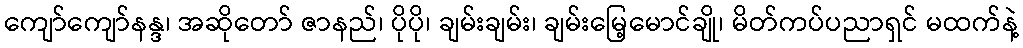
ကျော်ကျော်နန္ဒ၊ အဆိုတော် ဇာနည်၊ ပိုပို၊ ချမ်းချမ်း၊ ချမ်းမြေ့မောင်ချို၊ မိတ်ကပ်ပညာရှင် မထက်နဲ့